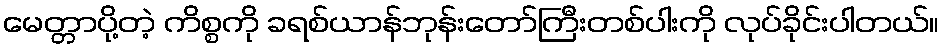
မေတ္တာပို့တဲ့ ကိစ္စကို ခရစ်ယာန်ဘုန်းတော်ကြီးတစ်ပါးကို လုပ်ခိုင်းပါတယ်။